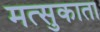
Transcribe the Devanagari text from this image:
मत्सुकाता